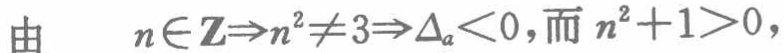
由 \(n\in \mathbf{Z}\Rightarrow n^{2}\neq 3\Rightarrow \Delta _{a}<0\)，而 \(n^{2}+1>0\)，